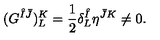
( G ^ { \hat { I } \bar { J } } ) _ { L } ^ { K } = { \frac { 1 } { 2 } } \delta _ { L } ^ { \hat { I } } \eta ^ { \bar { J } K } \neq 0 .